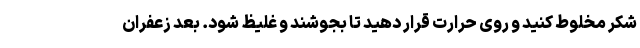
شکر مخلوط کنید و روی حرارت قرار دهید تا بجوشند و غلیظ شود. بعد زعفران